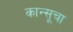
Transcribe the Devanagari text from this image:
कान्सूचा